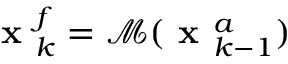
\textbf { x } _ { k } ^ { f } = \mathcal M ( \textbf { x } _ { k - 1 } ^ { a } )